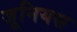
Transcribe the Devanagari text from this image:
जूनियस